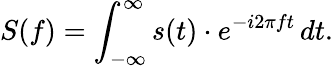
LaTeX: S(f)=\int_{-\infty}^{\infty}s(t)\cdot e^{-i2\pi ft}\, dt.